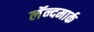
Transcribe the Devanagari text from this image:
लॅन्दमार्क